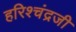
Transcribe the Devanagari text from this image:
हरिश्चंद्रजी